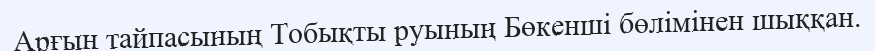
Арғын тайпасының Тобықты руының Бөкенші бөлімінен шыққан.